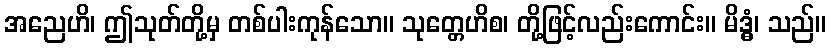
အညေဟိ၊ ဤသုတ်တို့မှ တစ်ပါးကုန်သော။ သုတ္တေဟိစ၊ တို့ဖြင့်လည်းကောင်း။ မိဒ္ဓံ၊ သည်။